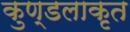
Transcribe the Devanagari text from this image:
कुण्डलाकृत